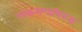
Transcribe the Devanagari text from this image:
आक्रमणाविरुद्ध